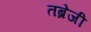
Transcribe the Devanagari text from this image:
तब्रेजी